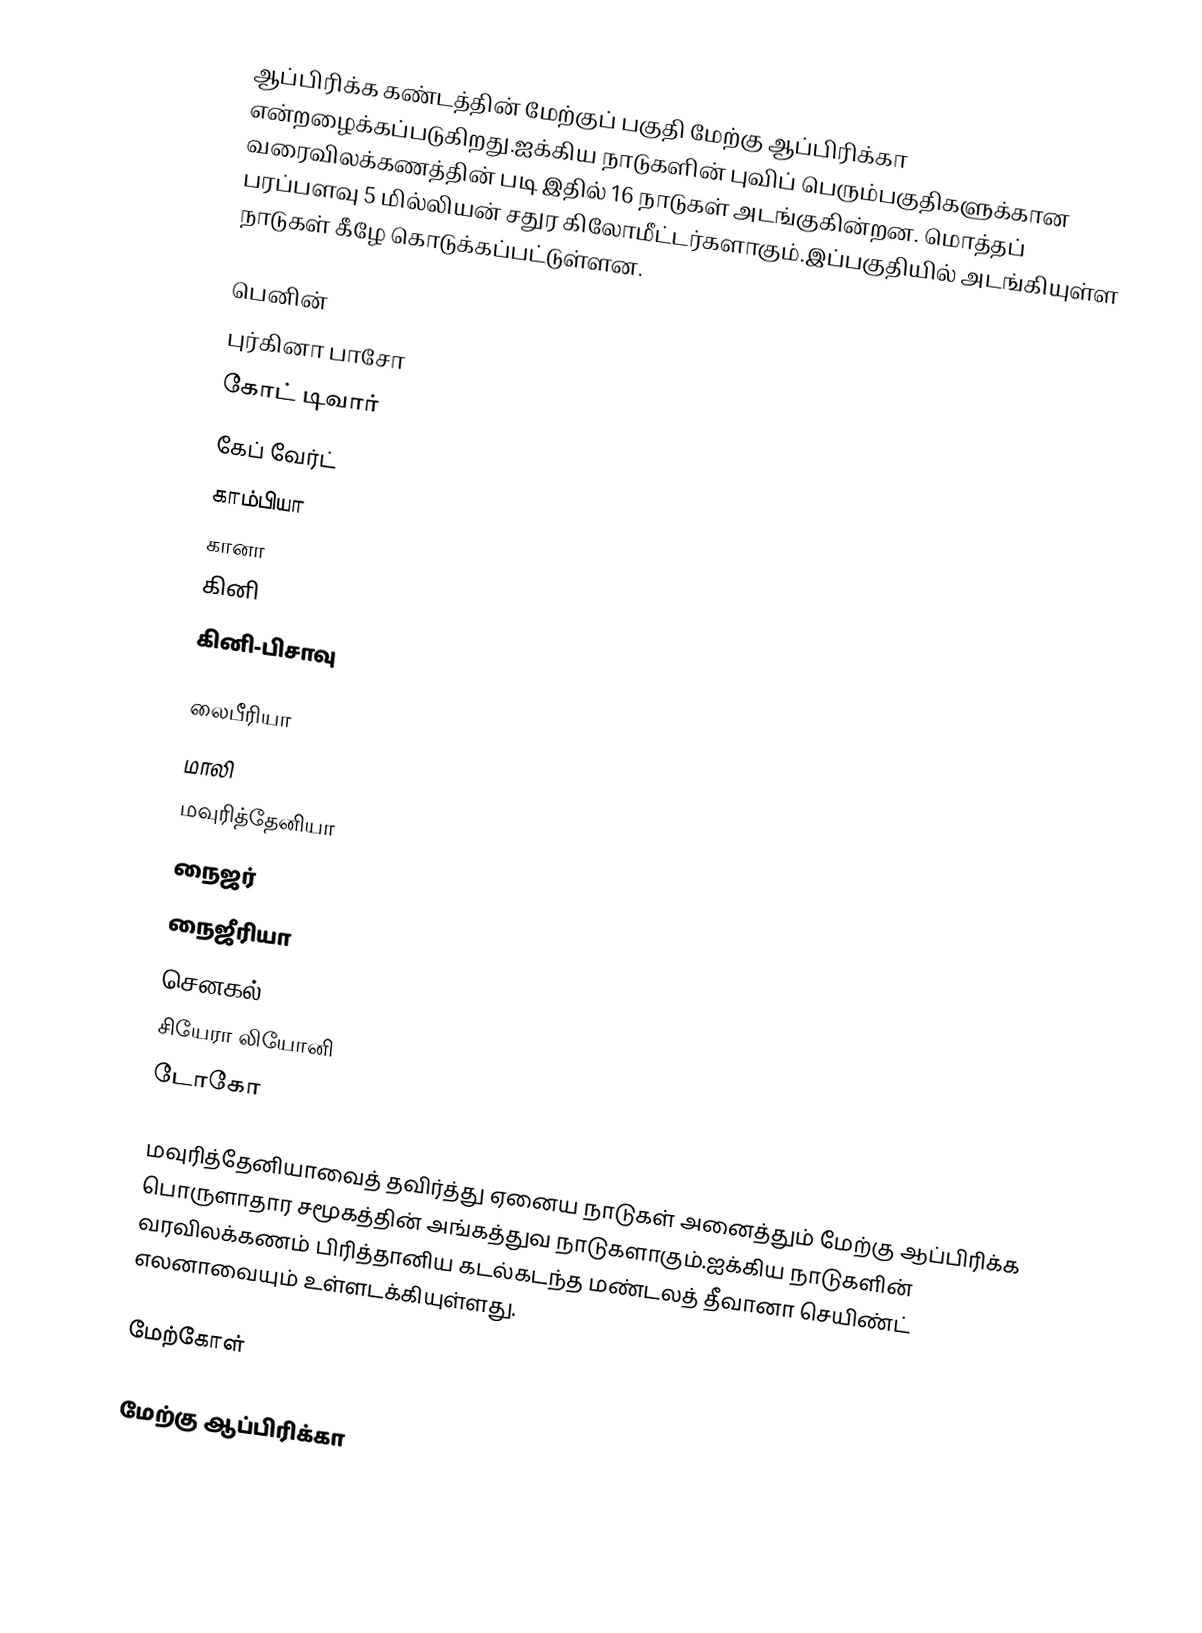
ஆப்பிரிக்க கண்டத்தின் மேற்குப் பகுதி மேற்கு ஆப்பிரிக்கா என்றழைக்கப்படுகிறது.ஐக்கிய நாடுகளின் புவிப் பெரும்பகுதிகளுக்கான வரைவிலக்கணத்தின் படி இதில் 16 நாடுகள் அடங்குகின்றன.  மொத்தப் பரப்பளவு 5 மில்லியன் சதுர கிலோமீட்டர்களாகும்.இப்பகுதியில் அடங்கியுள்ள நாடுகள் கீழே கொடுக்கப்பட்டுள்ளன.

 பெனின்
 புர்கினா பாசோ
 கோட் டிவார்
 கேப் வேர்ட்
 காம்பியா
 கானா
 கினி
 கினி-பிசாவு

 லைபீரியா
 மாலி
 மவுரித்தேனியா
 நைஜர்
 நைஜீரியா
 செனகல்
 சியேரா லியோனி
 டோகோ

மவுரித்தேனியாவைத் தவிர்த்து ஏனைய நாடுகள் அனைத்தும் மேற்கு ஆப்பிரிக்க பொருளாதார சமூகத்தின் அங்கத்துவ நாடுகளாகும்.ஐக்கிய நாடுகளின் வரவிலக்கணம் பிரித்தானிய கடல்கடந்த  மண்டலத் தீவானா செயிண்ட் எலனாவையும் உள்ளடக்கியுள்ளது.

மேற்கோள்

மேற்கு ஆப்பிரிக்கா